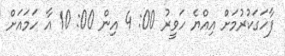
ފާހަގަކުރުމަށް އިއްޔެ ހަވީރު 00: 4 އިން 00: 10 އާ ހަމައަށް